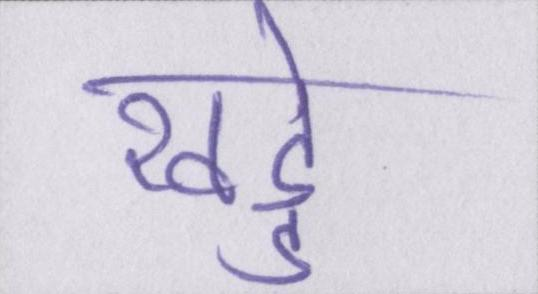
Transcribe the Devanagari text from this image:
खड्डे